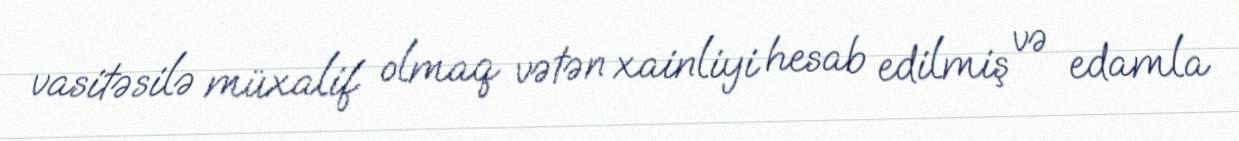
vasitəsilə müxalif olmaq vətən xainliyi hesab edilmiş və edamla